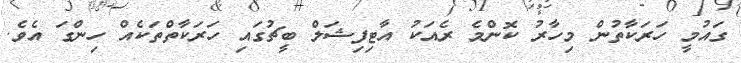
ގައުމީ ހަރަކާތުން މިހާރު ކޮންމެ ރެއަކު އާޓިފިޝަލް ބީޗުގައި ހަރަކާތްތަކެއް ހިންގަ އެވެ.